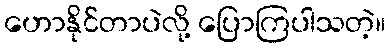
ဟောနိုင်တာပဲလို့ ပြောကြပါသတဲ့။